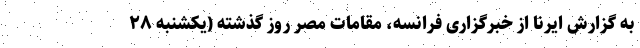
به گزارش ایرنا از خبرگزاری فرانسه، مقامات مصر روز گذشته (یکشنبه ۲۸